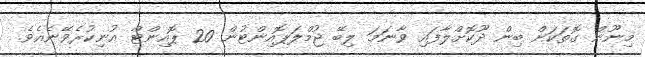
މިނޫން ގޮތަކަށް ބިން ދޫކޮށްލާފައި ވާނަމަ ލިބޭ ޖުމްލަޕޮއިންޓުން 20 ޕޮއިންޓް އުނިކުރެވޭނެއެވެ.